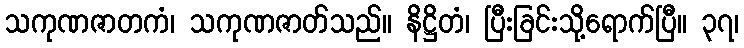
သကုဏဇာတကံ၊ သကုဏဇာတ်သည်။ နိဋ္ဌိတံ၊ ပြီးခြင်းသို့ရောက်ပြီ။ ၃၇၊